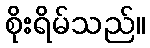
စိုးရိမ်သည်။